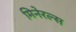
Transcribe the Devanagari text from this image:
मिनेरल्स